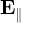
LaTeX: \mathbf { E } _ { \parallel }